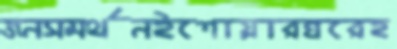
জনসমর্থনইশোয়ারঘরেহ